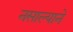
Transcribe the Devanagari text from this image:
नसाल्याने